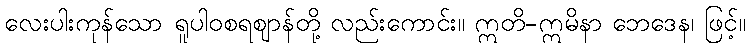
လေးပါးကုန်သော ရူပါဝစရဈာန်တို့ လည်းကောင်း။ ဣတိ-ဣမိနာ ဘေဒေန၊ ဖြင့်။